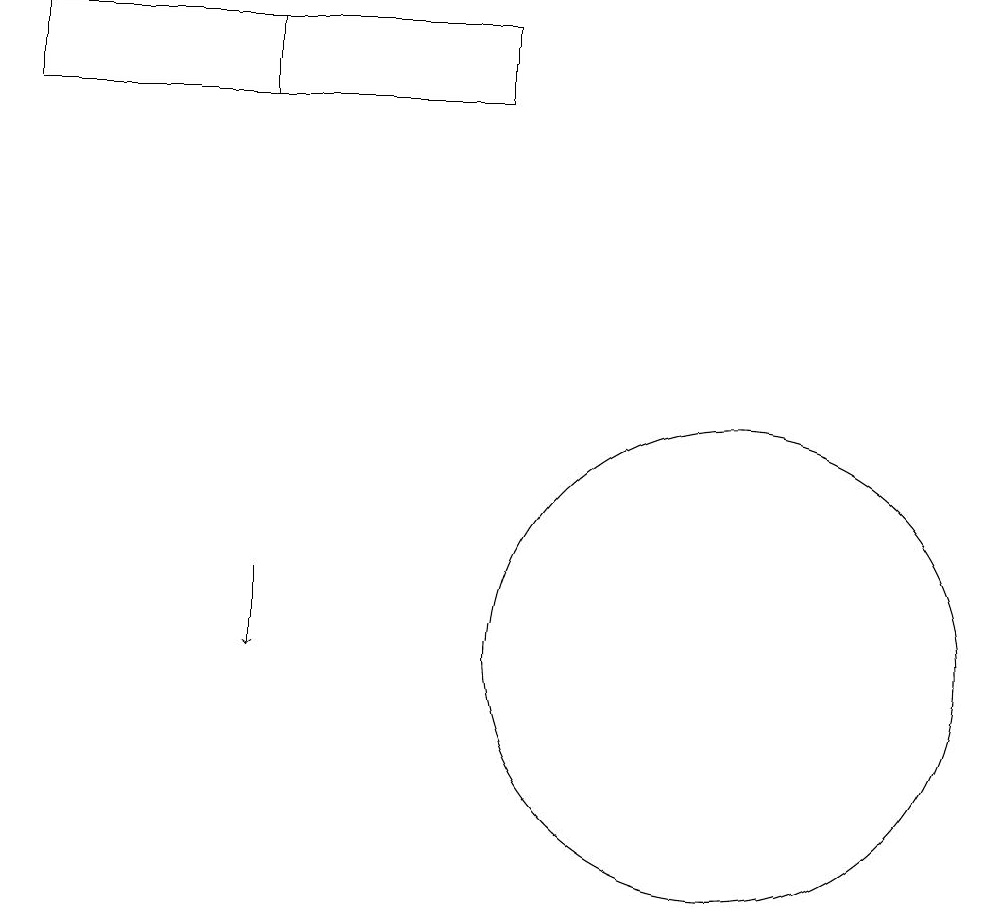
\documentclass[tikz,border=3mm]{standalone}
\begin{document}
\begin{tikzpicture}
\draw (8,18) rectangle (2,19);
\draw (11,11) circle (3);
\draw (5,19) rectangle (2,18);
\draw[->] (5,12) -- (5,11);
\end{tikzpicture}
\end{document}